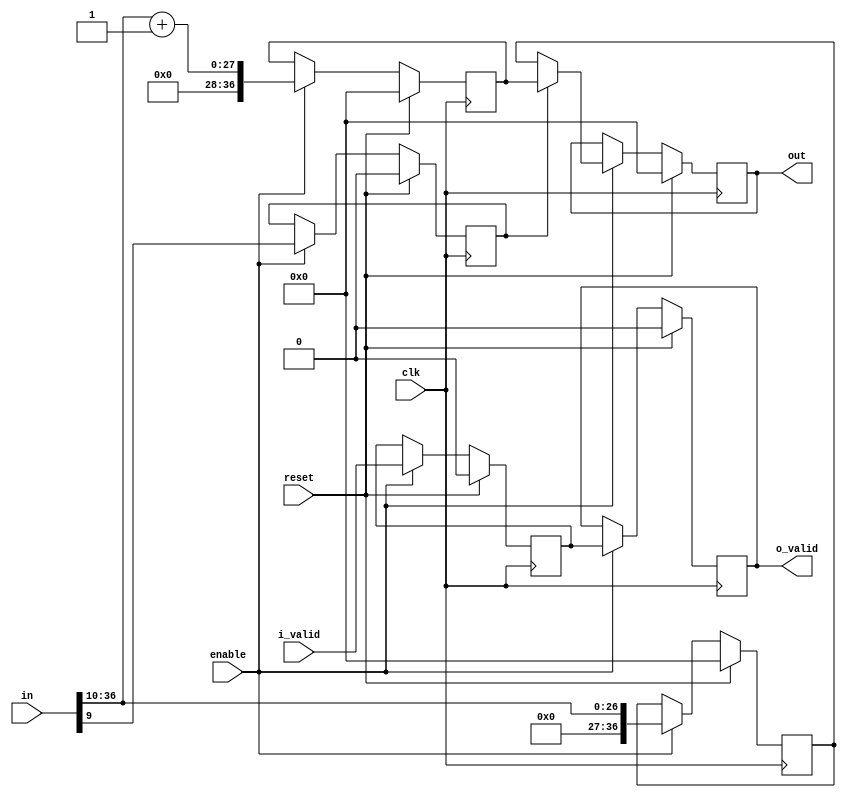
`define SIMULATION_MEMORY

module fp_rounding_unit_1_37_10 (
	input clk,
	input reset,
	input enable,
	input i_valid,
	input [36:0] in,
	output [36:0] out,
	output o_valid
);

reg [36:0] rounded_result;
reg [36:0] floor;
reg [36:0] ceil;
reg is_ceil;
reg floor_ceil_valid;

always @ (*) begin
	if (is_ceil) begin
		rounded_result = ceil;
	end else begin
		rounded_result = floor;
	end
end

reg valid_reg;
reg [36:0] out_reg;
always @ (posedge clk) begin
	if (reset) begin
		is_ceil <= 1'b0;
		floor_ceil_valid <= 1'b0;
		valid_reg <= 1'b0;
		floor <= 0;
		ceil <= 0;
		out_reg <= 0;
	end else if (enable) begin
		is_ceil <= in[9];
		floor <= in >>> 10;
		ceil <= (in >>> 10) + 1;
		floor_ceil_valid <= i_valid;
		out_reg <= rounded_result;
		valid_reg <= floor_ceil_valid;
	end
end

assign o_valid = valid_reg;

assign out = out_reg;

endmodule